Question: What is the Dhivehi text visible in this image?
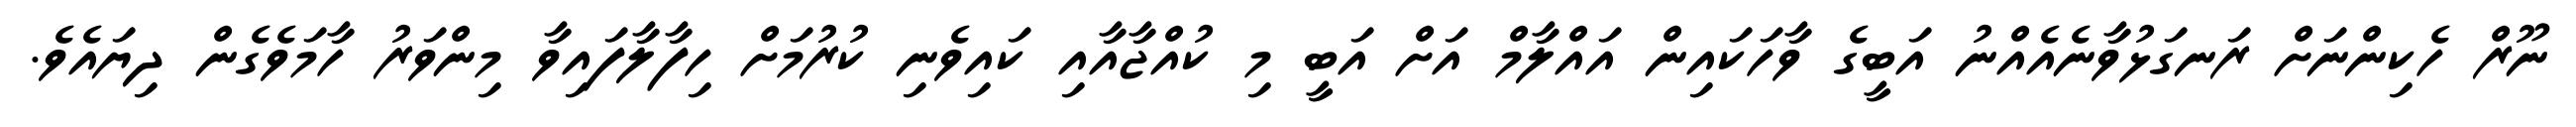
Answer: ނޫރް ހެކިންނަށް ރަނގަޅުވާނެއެއްނު އަބީގެ ވާހަކައިން އައްލާމް އަށް އަބީ މި ކުއްޖާއާއި ކައިވެނި ކުރުމަށް ހިފާލާފައިވާ މިންވަރު ހާމަވެގެން ދިޔައެވެ.